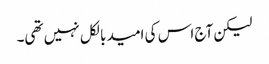
لیکن آج اس کی امید بالکل نہیں تھی۔